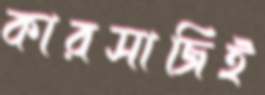
কারসাজিই